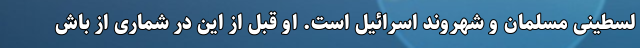
لسطینی مسلمان و شهروند اسرائیل است. او قبل از این در شماری از باش